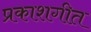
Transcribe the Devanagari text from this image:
प्रकाशगीत